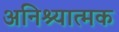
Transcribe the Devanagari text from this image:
अनिश्यात्मक